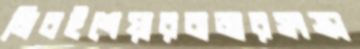
নিবইশেয়ারবাজারসংক্রা